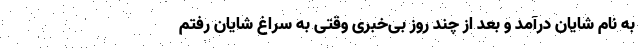
به نام شایان درآمد و بعد از چند روز بی‌خبری وقتی به سراغ شایان رفتم